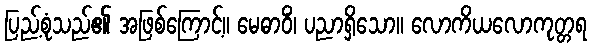
ပြည့်စုံသည်၏ အဖြစ်ကြောင့်။ မေဓာဝိံ၊ ပညာရှိသော။ လောကိယလောကုတ္တရ